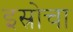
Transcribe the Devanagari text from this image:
इस्रोचा